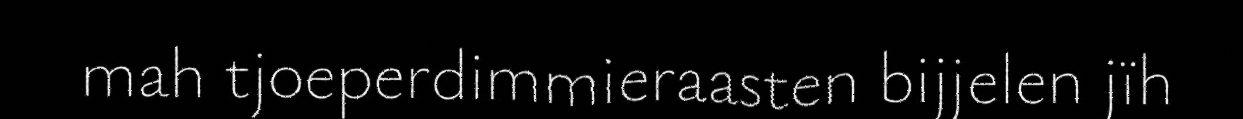
mah tjoeperdimmieraasten bijjelen jïh